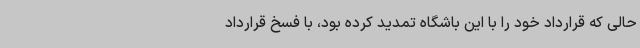
حالی که قرارداد خود را با این باشگاه تمدید کرده بود، با فسخ قرارداد